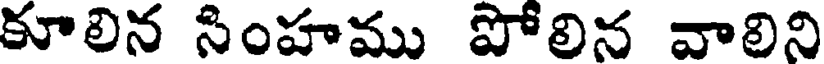
కూలిన సింహము పోలిన వాలిని